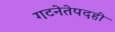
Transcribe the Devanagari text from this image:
गटनेतेपदही